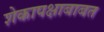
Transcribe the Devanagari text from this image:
शेकापक्षाबाबत